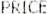
PRICE